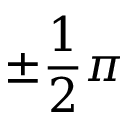
\pm \frac 1 2 \pi